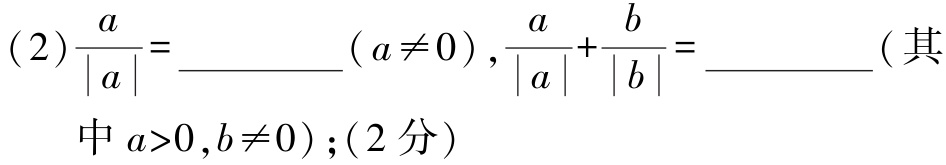
(2)$\frac{a}{|a|} = \_\_\_\_\_\_(a\neq0),\frac{a}{|a|}+\frac{b}{|b|}=\_\_\_\_\_\_$(其中$a > 0,b\neq0)$; (2分)